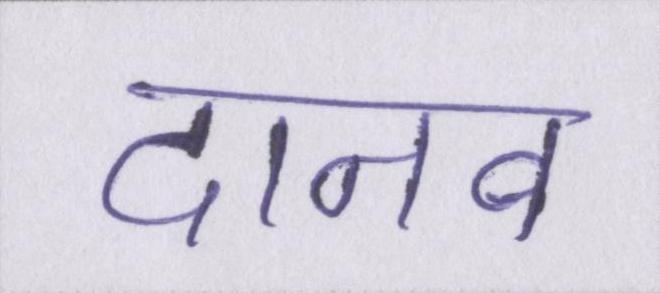
दानव